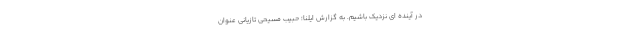
در آینده ای نزدیک باشیم. به گزارش ایلنا؛ حبیب مسیحی تازیانی عنوان